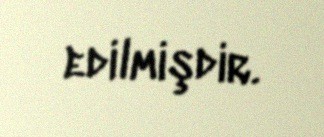
edilmişdir.